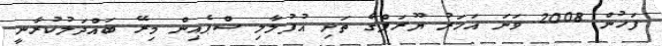
ފަހުން 2008 ވަނަ އަހަރު ޔޫރަޕްގެ ތަށި އުފުލާލި ސްޕެއިން މިރޭ ބައްދަލުކުރާނީ